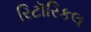
રિટૉરિકલ